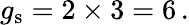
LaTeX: g_{\mathrm{s}}=2\times 3=6\, .